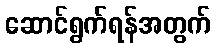
ဆောင်ရွက်ရန်အတွက်